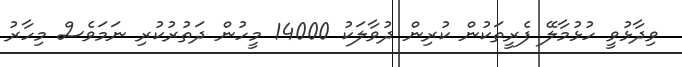
ވިދާޅުވީ ހުޅުމާލޭ ފެރީތަކުން ކުރިން ދުވާލަކު 14000 މީހުން ދަތުރުކުރި ނަމަވެސް މިހާރު